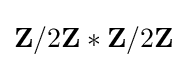
\mathbf {Z} /2\mathbf {Z} *\mathbf {Z} /2\mathbf {Z}